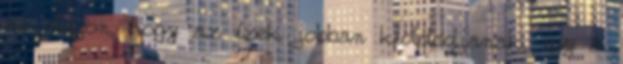
az olajon, hogy az ízek jobban kioldódjanak, így a